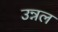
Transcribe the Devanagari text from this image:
उन्नल